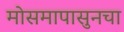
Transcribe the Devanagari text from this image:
मोसमापासुनचा